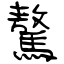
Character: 驁